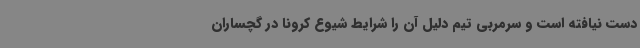
دست نیافته است و سرمربی تیم دلیل آن را شرایط شیوع کرونا در گچساران